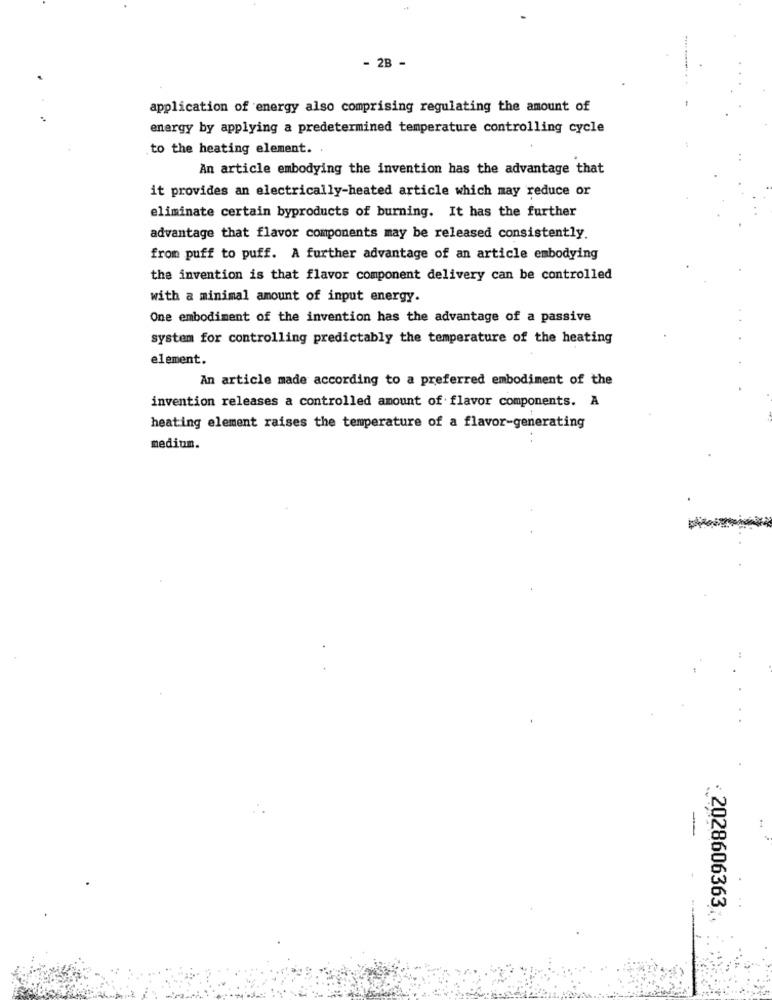
- 2B -
application of energy also comprising regulating the amount of
energy by applying a predetermined temperature controlling cycle
to the heating element. .
An article embodying the invention has the advantage that
it provides an electrically-heated article which may reduce or
eliminate certain byproducts of burning. It has the further
advantage that flavor components may be released consistently.
from puff to puff. A further advantage of an article embodying
the invention is that flavor component delivery can be controlled
with a minimal amount of input energy.
One embodiment of the invention has the advantage of a passive
system for controlling predictably the temperature of the heating
element.
An article made according to a preferred embodiment of the
invention releases a controlled amount of flavor components. A
heating element raises the temperature of a flavor-generating
medium.
-
: 2028606363